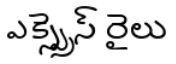
ఎక్స్ప్రెస్ రైలు